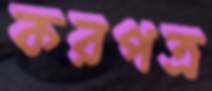
করপত্র